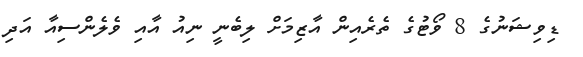
ޑިވިޝަނުގެ 8 ވޯޓުގެ ތެރެއިން އާޒިމަށް ލިބެނީ ނިއު އާއި ވެލެންސިއާ އަދި